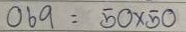
069 = 50 x 50